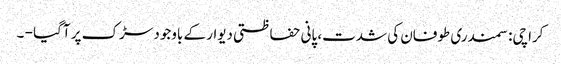
کراچی: سمندری طوفان کی شدت، پانی حفاظتی دیوار کے باوجود سڑک پر آگیا - ۔